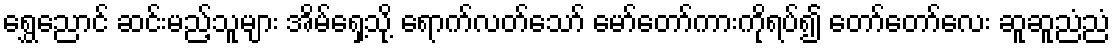
ရွှေညောင် ဆင်းမည့်သူများ အိမ်ရှေ့သို့ ရောက်လတ်သော် မော်တော်ကားကိုရပ်၍ တော်တော်လေး ဆူဆူညံညံ